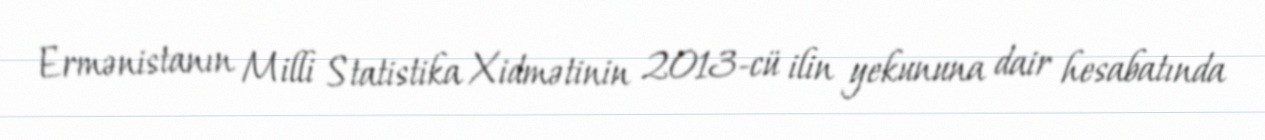
Ermənistanın Milli Statistika Xidmətinin 2013-cü ilin yekununa dair hesabatında